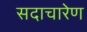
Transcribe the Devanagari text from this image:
सदाचारेण